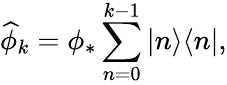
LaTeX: \widehat{\phi}_{k}=\phi_{*}\sum_{n=0}^{k-1}|n\rangle\langle n|,